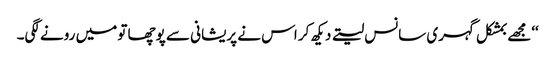
‘‘مجھے بمشکل گہری سانس لیتے دیکھ کر اس نے پریشانی سے پوچھا تو میں رونے لگی۔